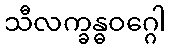
သီလက္ခန္ဓဝဂ္ဂေါ